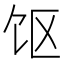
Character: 𱃲